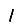
Digit: 1